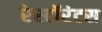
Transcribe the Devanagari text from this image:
रेस्टॉरंटस